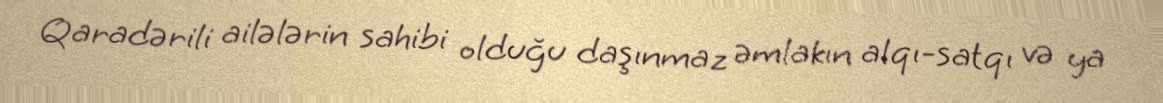
Qaradərili ailələrin sahibi olduğu daşınmaz əmlakın alqı-satqı və ya